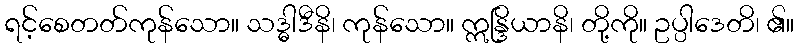
ရင့်စေတတ်ကုန်သော။ သဒ္ဓါဒီနိ၊ ကုန်သော။ ဣန္ဒြိယာနိ၊ တို့ကို။ ဥပ္ပါဒေတိ၊ ၏။